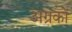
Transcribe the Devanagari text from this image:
अग्रकों